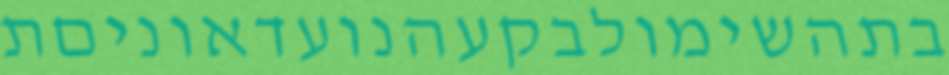
בתהשימולבקעהנועדאוניםת